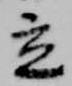
立